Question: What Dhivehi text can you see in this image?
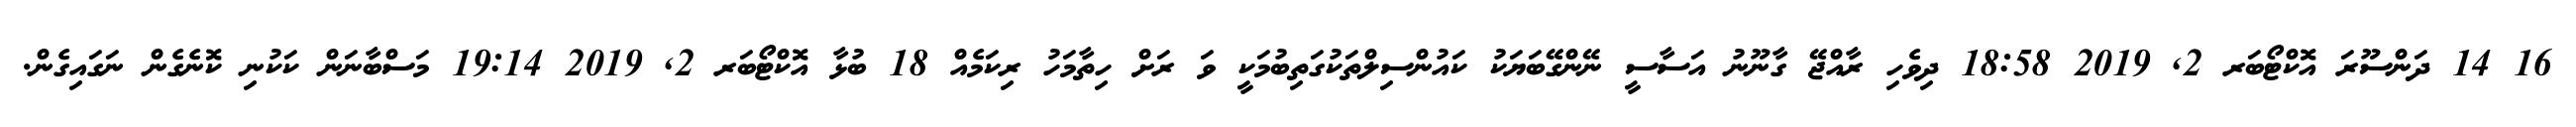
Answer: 16 14 ދަންސޫރަ އޮކްޓޯބަރ 2, 2019 18:58 ދިވެހި ރާއްޖޭ ގާނޫނު އަސާސީ ނޭންގޭބަޔަކު ކައުންސިލްތަކުގަތިބުމަކީ ވަ ރަށް ހިތާމަހު ރިކަމެއް 18 ބުޅާ އޮކްޓޯބަރ 2, 2019 19:14 މަސްބާނަން ކަކުނި ކޮނެގެން ނަގައިގެން.